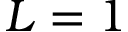
L = 1